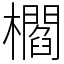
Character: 櫩